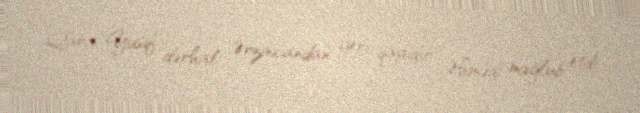
Qara Yusif dərhal Ərzincandan geri qayıdıb Əhmədi məğlub etdi.